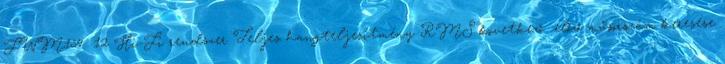
FWM154 12 Hi-Fi rendszer Teljes hangteljesítmény RMS következő előző műsorszám keresése